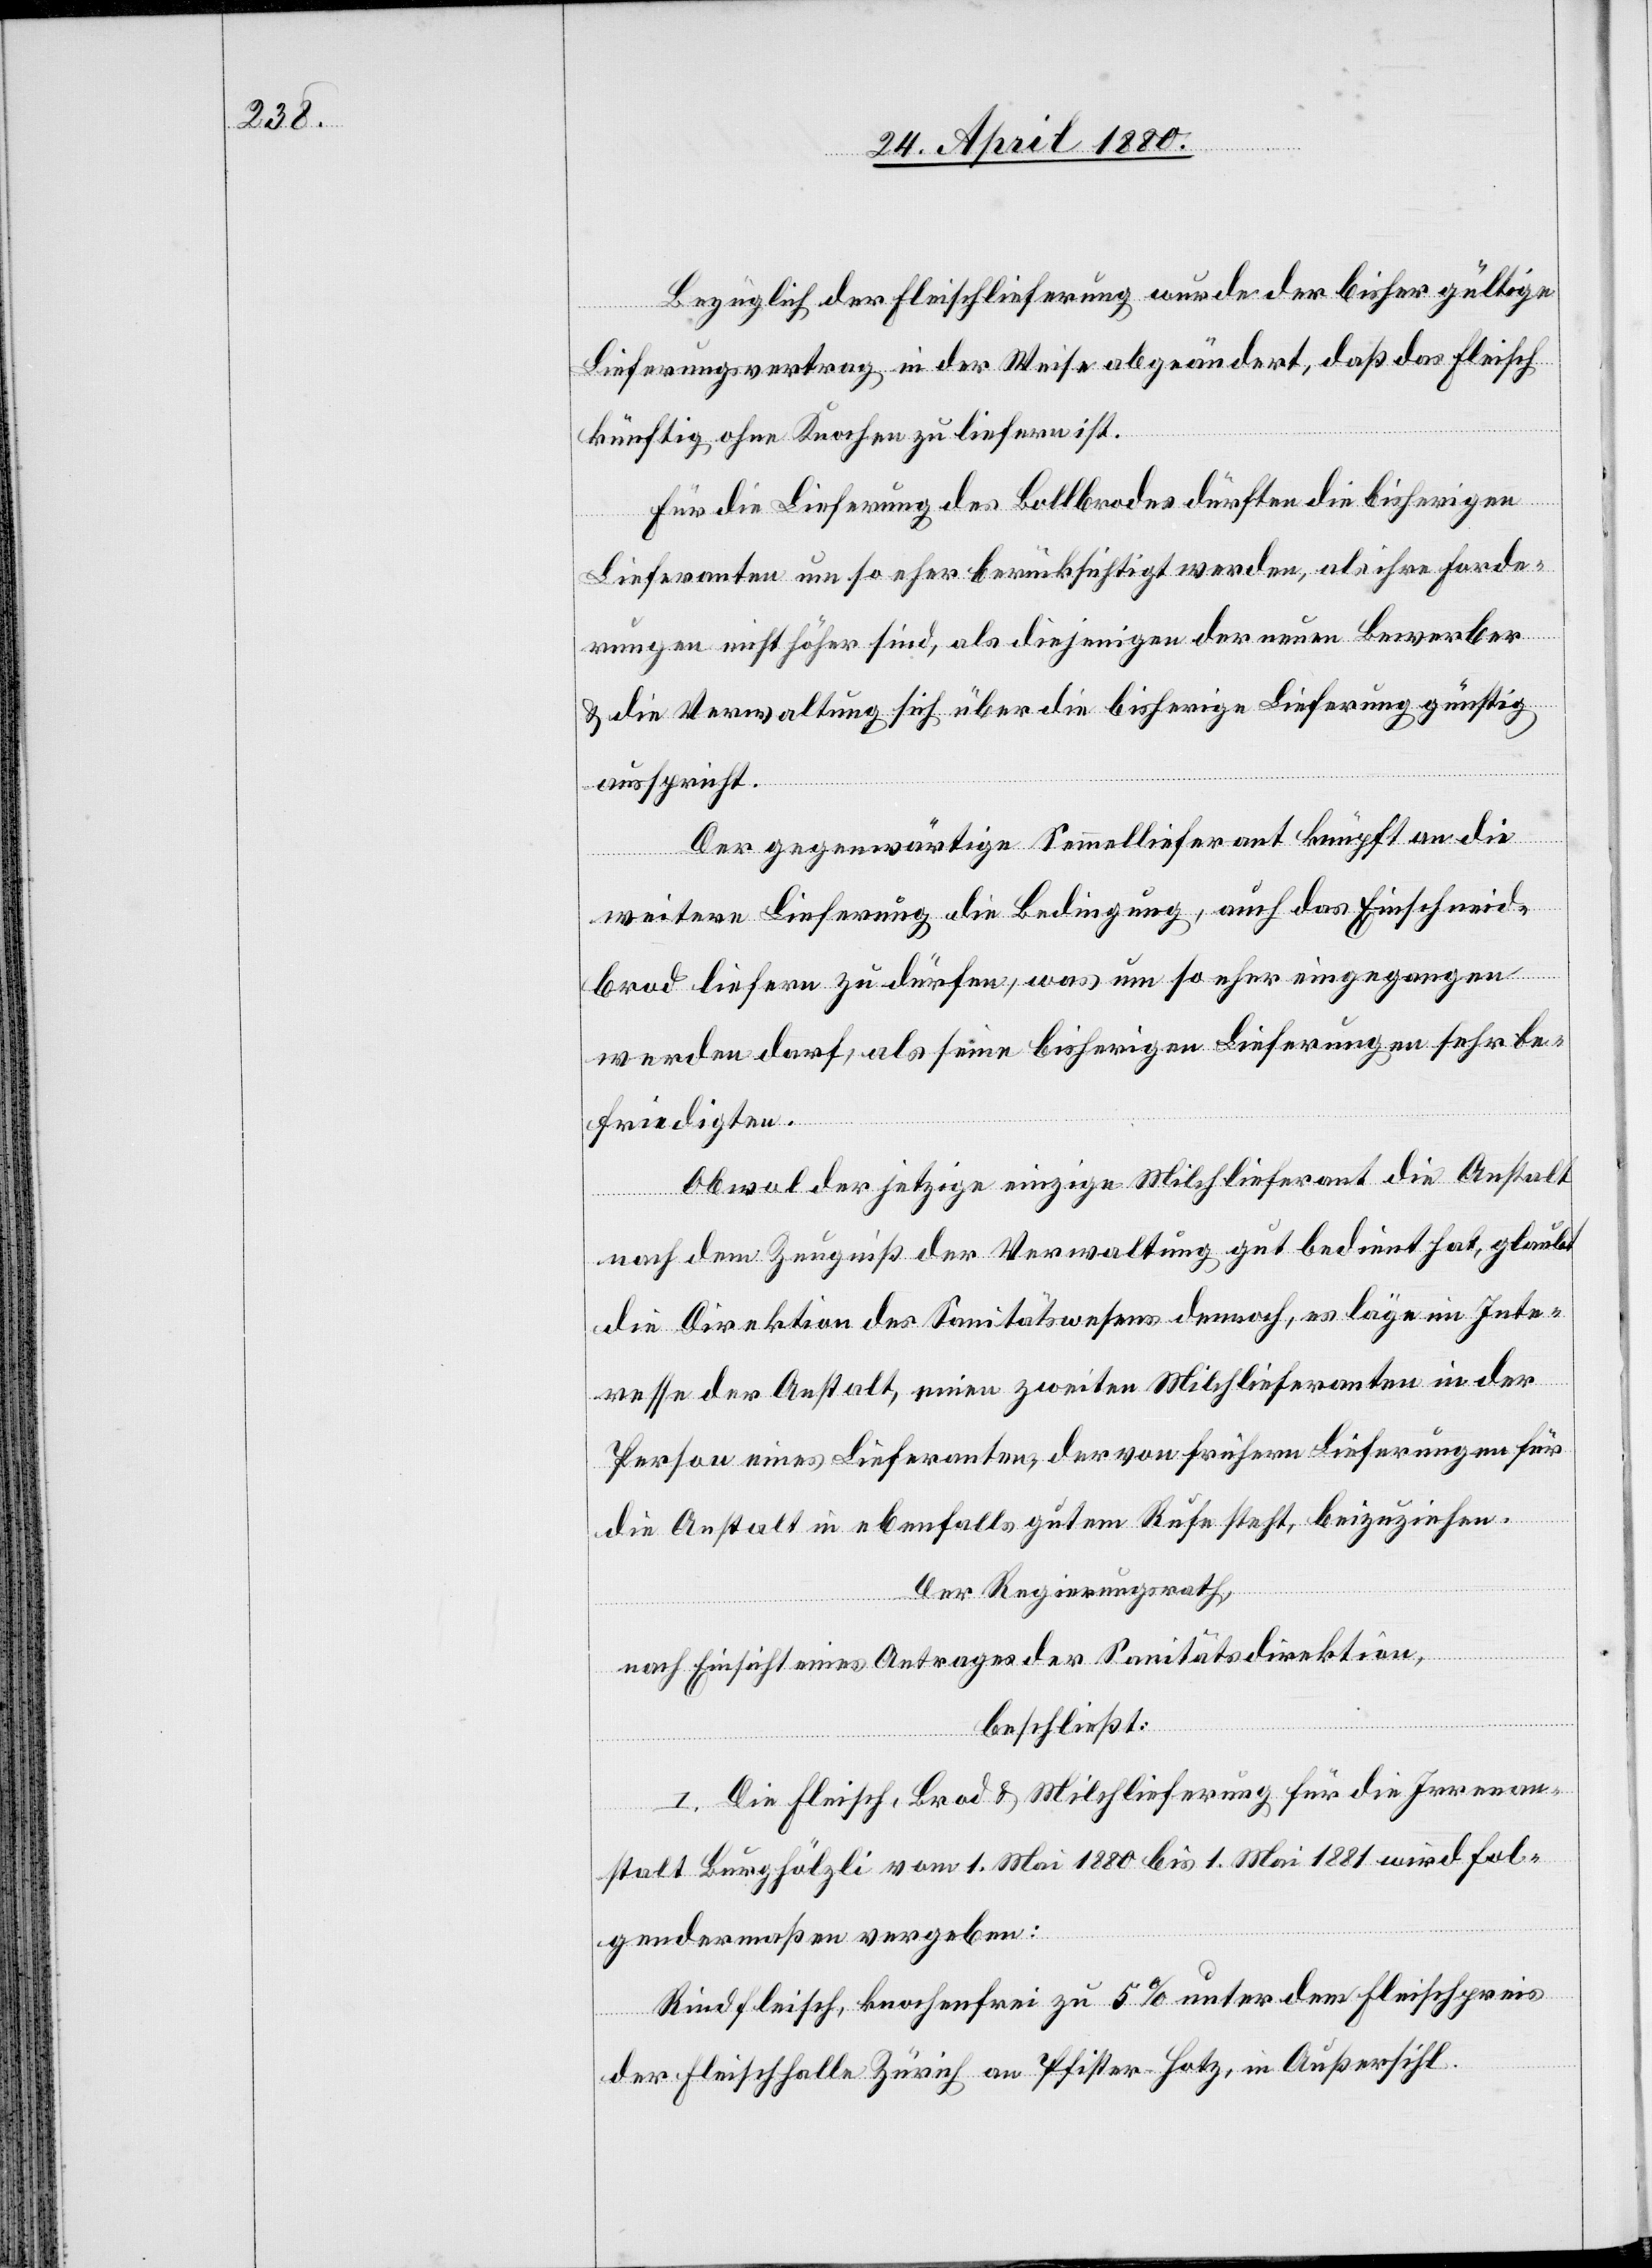
Bezüglich der Fleischlieferungen wurde der bisher gültige
Lieferungsvertrag in der Weise abgeändert, daß das Fleisch
künftig ohne Knochen zu liefern ist.
Für die Lieferung des Bollbrodes dürften die bisherigen
Lieferanten um so eher berücksichtigt werden, als ihre Forde¬
rungen nicht höher sind, als diejenigen der neuen Bewerber
& die Verwaltung sich über die bisherige Lieferung günstig
ausspricht.
Der gegenwärtige Semmellieferant knüpft an die
weitere Lieferung die Bedingung, auch das Einschneid¬
brod liefern zu dürfen, was um so eher eingegangen
werden darf, als seine bisherigen Lieferungen sehr be¬
friedigten.
Obwol der jetzige einzige Milchlieferant die Anstalt
nach dem Zeugniß der Verwaltung gut bedient hat, glaubt
die Direktion des Sanitätswesens dennoch, es läge im Inte¬
resse der Anstalt, einen zweiten Milchlieferanten in der
Person eines Lieferanten, der von frühern Lieferungen für
die Anstalt in ebenfalls gutem Rufe steht, beizuziehen.
Der Regierungsrath,
nach Einsicht eines Antrages der Sanitätsdirektion,
beschließt:
I. Die Fleisch, Brod & Milchlieferung für die Irrenan¬
stalt Burghölzli vom 1. Mai 1880 bis 1. Mai 1881 wird fol¬
gendermaßen vergeben:
Rindfleisch, knochenfrei zu 5% unter dem Fleischpreis
der Fleischhalle Zürich an Pfister-Hotz, in Außersihl.